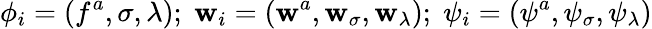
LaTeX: \phi_{i}=(f^{a},\sigma,\lambda);\; \mathbf{w}_{i}=(\mathbf{w}^{a},\mathbf{w}_{\sigma},\mathbf{w}_{\lambda});\; \psi_{i}=(\psi^{a},\psi_{\sigma},\psi_{\lambda})